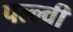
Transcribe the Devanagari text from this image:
पल्ल्वी